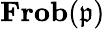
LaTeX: \mathbf{Frob}({\mathfrak{p}})